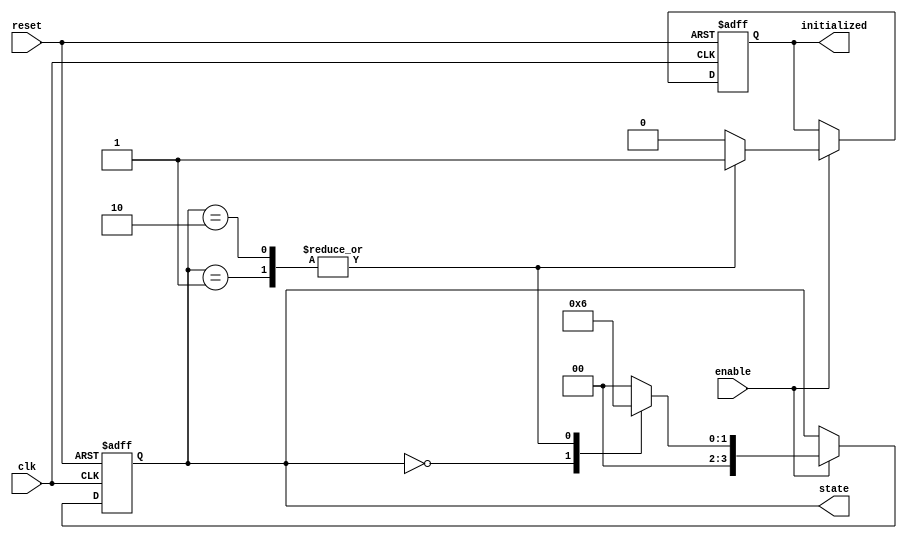
module ClockCycleInitialization (
    input wire clk,           // Clock signal
    input wire reset,         // Reset signal (active high)
    input wire enable,        // Enable signal
    output reg initialized,   // Initialization complete signal
    output reg [3:0] state    // Current state (using a 4-bit state for example)
);

// Define states
localparam IDLE = 4'b0000;
localparam INIT = 4'b0001;
localparam READY = 4'b0010;

// Default state assignment
initial begin
    initialized = 0;
    state = IDLE;
end

// Asynchronous Reset
always @(posedge clk or posedge reset) begin
    if (reset) begin
        // Reset all outputs and internal state
        state <= IDLE;     // Set state to IDLE
        initialized <= 0;  // Initialization not complete
    end else if (enable) begin
        // State transition logic
        case (state)
            IDLE: begin
                // Transition to INIT state
                state <= INIT;
                initialized <= 0; // Initialization not complete
            end
            INIT: begin
                // Complete initialization
                state <= READY; 
                initialized <= 1; // Initialization complete
            end
            READY: begin
                // Remain in READY state
                state <= READY; // Hold the READY state
                initialized <= 1; // Still initialized
            end
            default: begin
                state <= IDLE; // Fallback state
                initialized <= 0;
            end
        endcase
    end
end

endmodule